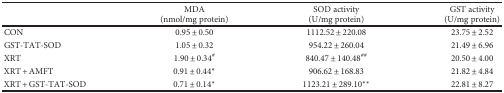
<table><thead><tr><td></td><td><b>MDA(nmol/mg protein)</b></td><td><b>SOD activity(U/mg protein)</b></td><td><b>GST activity(U/mg protein)</b></td></tr></thead><tbody><tr><td>CON</td><td>0.95 ± 0.50</td><td>1112.52 ± 220.08</td><td>23.75 ± 2.52</td></tr><tr><td>GST-TAT-SOD</td><td>1.05 ± 0.32</td><td>954.22 ± 260.04</td><td>21.49 ± 6.96</td></tr><tr><td>XRT</td><td>1.90 ± 0.34<sup>#</sup></td><td>840.47 ± 140.48<sup>##</sup></td><td>20.50 ± 4.00</td></tr><tr><td>XRT + AMFT</td><td>0.91 ± 0.44<sup>∗</sup></td><td>906.62 ± 168.83</td><td>21.82 ± 4.84</td></tr><tr><td>XRT + GST-TAT-SOD</td><td>0.71 ± 0.14<sup>∗</sup></td><td>1123.21 ± 289.10<sup>∗∗</sup></td><td>22.81 ± 8.27</td></tr></tbody></table>